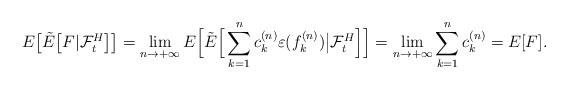
LaTeX: \begin{align*}E\big[\tilde{E}\big[ F |\mathcal{F}_{t}^{H}\big]\big]=\lim_{n\rightarrow+\infty}E\Big[\tilde E\Big[\sum_{k=1}^{n}c_k^{(n)}\varepsilon(f_k^{(n)})\big|\mathcal F_t^H\Big]\Big]=\lim_{n\rightarrow+\infty}\sum_{k=1}^{n}c_k^{(n)}=E[F].\end{align*}